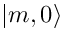
| m , 0 \rangle